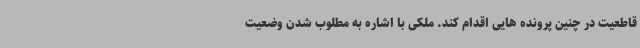
قاطعیت در چنین پرونده هایی اقدام کند. ملکی با اشاره به مطلوب شدن وضعیت